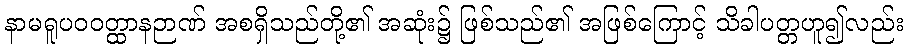
နာမရူပဝဝတ္ထာနဉာဏ် အစရှိသည်တို့၏ အဆုံး၌ ဖြစ်သည်၏ အဖြစ်ကြောင့် သိခါပတ္တဟူ၍လည်း